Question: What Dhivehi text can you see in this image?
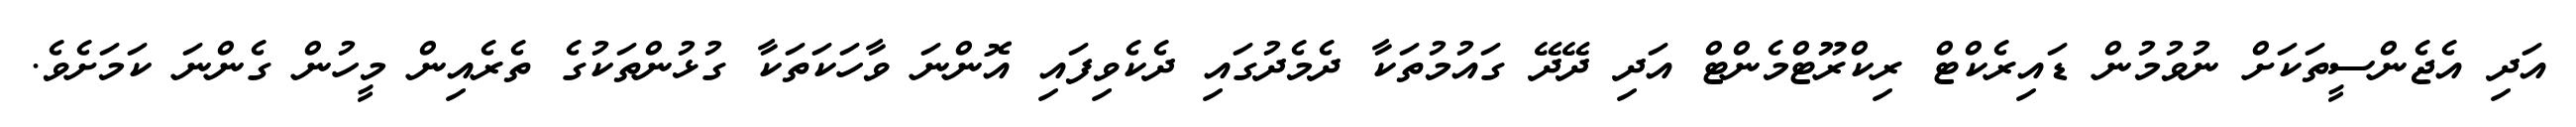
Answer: އަދި އެޖެންސީތަކަށް ނުވުމުން ޑައިރެކްޓް ރިކްރޫޓްމެންޓް އަދި ދޭދޭ ގައުމުތަކާ ދެމެދުގައި ދެކެވިފައި އޮންނަ ވާހަކަތަކާ ގުޅުންތަކުގެ ތެރެއިން މީހުން ގެންނަ ކަމަށެވެ.